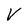
Character: V